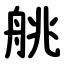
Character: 䑬